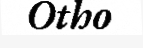
Otho